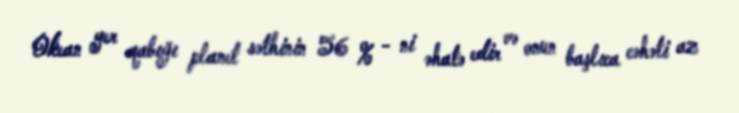
Okean yer qabığı planet səthinin 56 % - ni əhatə edir və onun başlıca cəhəti az